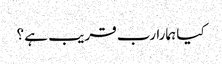
کیا ہمارا رب قریب ہے ؟